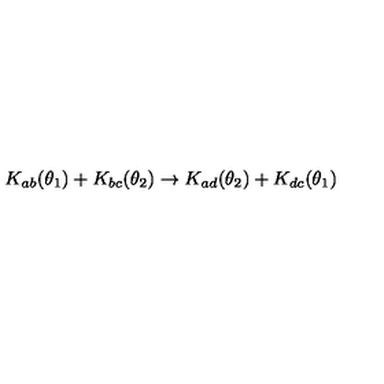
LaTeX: K _ { a b } ( \theta _ { 1 } ) + K _ { b c } ( \theta _ { 2 } ) \rightarrow K _ { a d } ( \theta _ { 2 } ) + K _ { d c } ( \theta _ { 1 } )